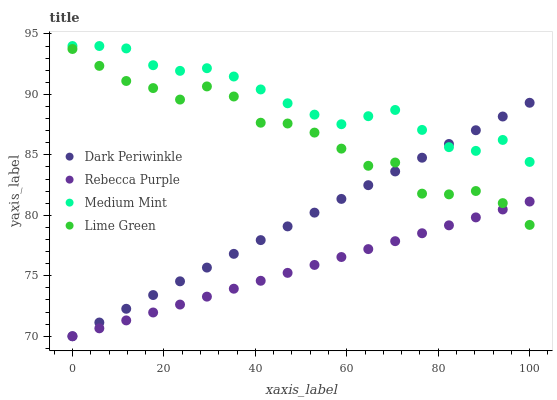
| xaxis_label | Dark Periwinkle | Rebecca Purple | Medium Mint | Lime Green |
 | --- | --- | --- | --- | --- |
 | 0 | 70 | 70 | 94 | 93.8 |
 | 5.88 | 71.1 | 70.7 | 94 | 92.4 |
 | 11.8 | 72.3 | 71.3 | 93.8 | 91.1 |
 | 17.6 | 73.4 | 72 | 92.4 | 90.5 |
 | 23.5 | 74.5 | 72.6 | 91.9 | 89.6 |
 | 29.4 | 75.7 | 73.3 | 92.2 | 90.7 |
 | 35.3 | 76.8 | 73.9 | 91.5 | 89.8 |
 | 41.2 | 77.9 | 74.6 | 90.4 | 87.7 |
 | 47.1 | 79.1 | 75.2 | 89.3 | 87.6 |
 | 52.9 | 80.2 | 75.9 | 88.3 | 86.8 |
 | 58.8 | 81.4 | 76.6 | 87.5 | 85.5 |
 | 64.7 | 82.5 | 77.2 | 88.2 | 84.1 |
 | 70.6 | 83.6 | 77.9 | 88.7 | 84.4 |
 | 76.5 | 84.8 | 78.5 | 87.1 | 81.8 |
 | 82.4 | 85.9 | 79.2 | 85.6 | 81.7 |
 | 88.2 | 87 | 79.8 | 85.3 | 82 |
 | 94.1 | 88.2 | 80.5 | 86.2 | 81 |
 | 100 | 89.3 | 81.1 | 84.4 | 79.2 |